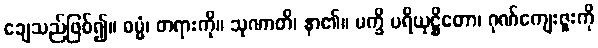
ချေသည်ဖြစ်၍။ ဓမ္မံ၊ တရားကို။ သုဏာတိ၊ နာ၏။ မက္ခိ ပရိယုဋ္ဌိတော၊ ဂုဏ်ကျေးဇူးကို